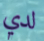
لدي